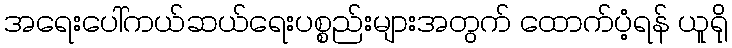
အရေးပေါ်ကယ်ဆယ်ရေးပစ္စည်းများအတွက် ထောက်ပံ့ရန် ယူရို